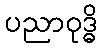
ပညာဝုဒ္ဓိ